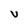
Character: U